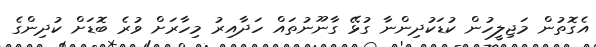
އެގޮތުން މަޖިލީހުން ކުޑަކުދިންނާ ގުޅޭ ގާނޫނުތައް ހަދާއިރު މިހާރަށް ވުރެ ބޮޑަށް ކުދިންގެ